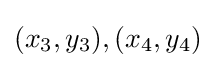
(x_{3},y_{3}),(x_{4},y_{4})